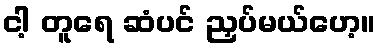
ငါ့ တူရေ ဆံပင် ညှပ်မယ်ဟေ့။